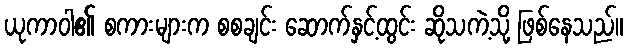
ယုကာဝါ၏ စကားများက စစချင်း ဆောက်နှင့်ထွင်း ဆိုသကဲ့သို့ ဖြစ်နေသည်။